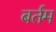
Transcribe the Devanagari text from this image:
बर्तम